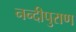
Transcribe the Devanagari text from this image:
नन्दीपुराण